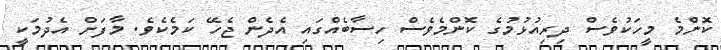
ކޮންމެ މީހަކުވެސް ދިރިއުޅުމުގެ ކޮންމެވެސް ހިސާބެއްގައި އެދެން ޖެހޭ ކަމެކެވެ. މާފަށް އެދުމަކީ